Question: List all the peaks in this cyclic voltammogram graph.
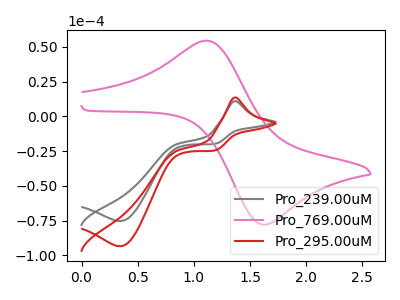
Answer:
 <answer>The gray curve "Pro_239.00uM" has an anodic peak at (1.35V, 10.90uA) and a cathodic peak at (0.35V, -75.35uA). The pink curve "Pro_769.00uM" has an anodic peak at (1.10V, 54.40uA) and a cathodic peak at (1.60V, -77.70uA). The red curve "Pro_295.00uM" has an anodic peak at (1.35V, 13.55uA) and a cathodic peak at (0.35V, -93.45uA).</answer>
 <eval></eval>